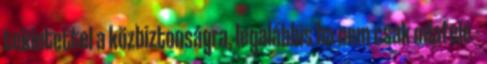
tekintettel a közbiztonságra, legalábbis ha nem csak odafelé -